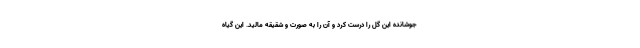
جوشانده این گل را درست کرد و آن را به صورت و شقیقه مالید. این گیاه